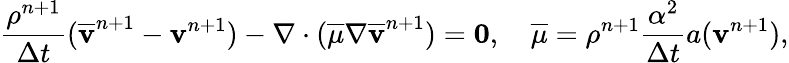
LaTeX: \frac{\rho^{n+1}}{\Delta t}(\overline{{\mathbf v}}^{n+1}-\mathbf v^{n+1})-\nabla\cdot(\overline{{\mu}}\nabla\overline{{\mathbf v}}^{n+1})=\boldsymbol{0},\quad\overline{{\mu}}=\rho^{n+1}\frac{\alpha^{2}}{\Delta t}a(\mathbf v^{n+1}),